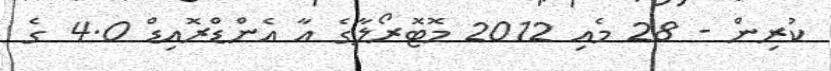
ކުރިން - 28 މެއި 2012 މޮޓޮރޯލާގެ އާ އެންޑްރޮއިޑް 4.0 ގެ